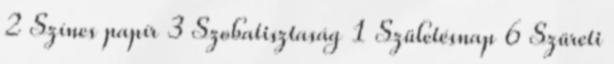
2 Színes papír 3 Szobatisztaság 1 Születésnap 6 Szüreti